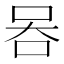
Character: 𠱑